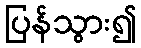
ပြန်သွား၍